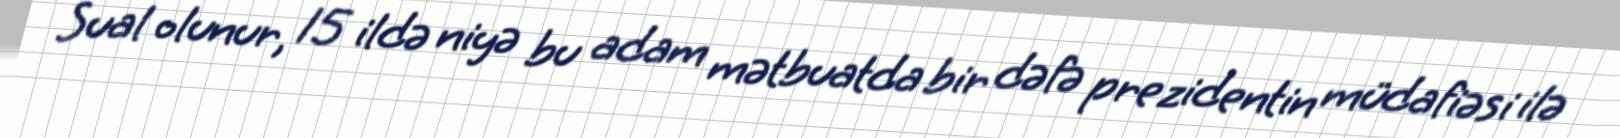
Sual olunur, 15 ildə niyə bu adam mətbuatda bir dəfə prezidentin müdafiəsi ilə